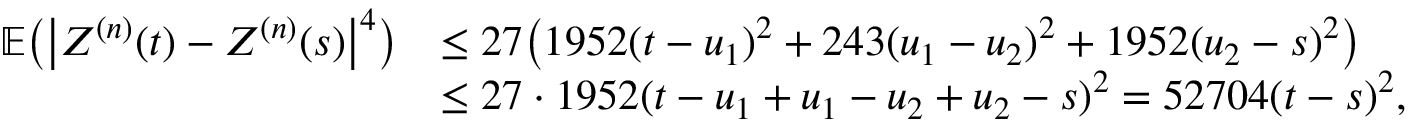
\begin{array} { r l } { \mathbb { E } \bigl ( \bigl | Z ^ { ( n ) } ( t ) - Z ^ { ( n ) } ( s ) \bigr | ^ { 4 } \bigr ) } & { \leq 2 7 \bigl ( 1 9 5 2 ( t - u _ { 1 } ) ^ { 2 } + 2 4 3 ( u _ { 1 } - u _ { 2 } ) ^ { 2 } + 1 9 5 2 ( u _ { 2 } - s ) ^ { 2 } \bigr ) } \\ & { \leq 2 7 \cdot 1 9 5 2 ( t - u _ { 1 } + u _ { 1 } - u _ { 2 } + u _ { 2 } - s ) ^ { 2 } = 5 2 7 0 4 ( t - s ) ^ { 2 } , } \end{array}